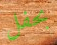
بحفل